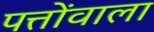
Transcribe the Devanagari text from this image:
पत्तोंवाला